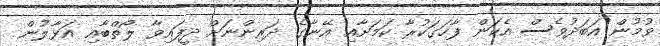
ވުމުން އަބަދުވެސް އެކަން ފާހަގަކުރާ ކަމަށާއި އޭނާގެ ދަރިންނަށް ދީފައިވާ ލޯތްބާއި އަޅާލުން